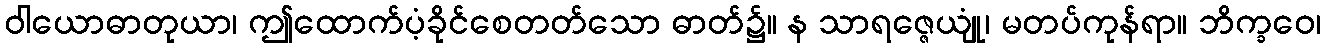
ဝါယောဓာတုယာ၊ ဤထောက်ပံ့ခိုင်စေတတ်သော ဓာတ်၌။ န သာရဇ္ဇေယျုံ၊ မတပ်ကုန်ရာ။ ဘိက္ခဝေ၊